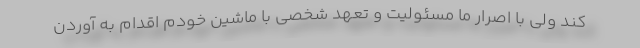
کند ولی با اصرار ما مسئولیت و تعهد شخصی با ماشین خودم اقدام به آوردن